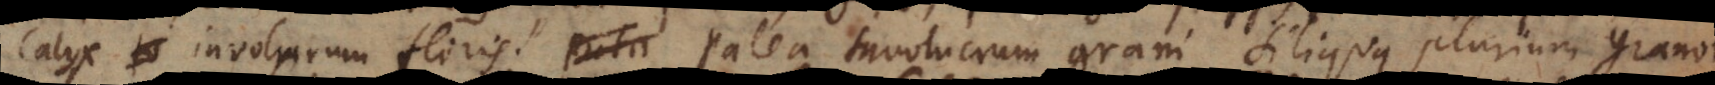
calyx involucrum floris. Puta Palea involucrum grani, siliqua plurium granorum;